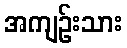
အကျဉ်းသား